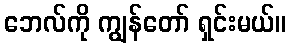
ဘေလ်ကို ကျွန်တော် ရှင်းမယ်။